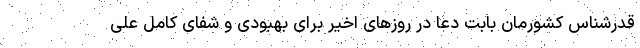
قدرشناس کشورمان بابت دعا در روزهای اخیر برای بهبودی و شفای کامل علی